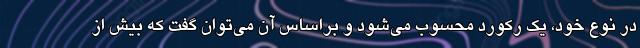
در نوع خود، یک رکورد محسوب می‌شود و براساس آن می‌توان گفت که بیش از